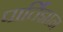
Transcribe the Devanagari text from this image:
पार्तिझान